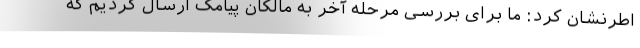
اطرنشان کرد: ما برای بررسی مرحله آخر به مالکان پیامک ارسال کردیم که